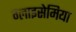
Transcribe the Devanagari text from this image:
ग्लाइसेमिया